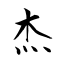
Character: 杰